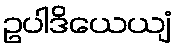
ဥပါဒိယေယျံ